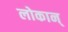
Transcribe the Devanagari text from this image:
लोकान्